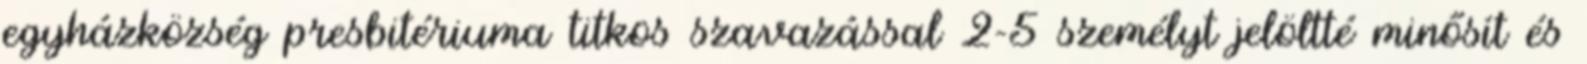
egyházközség presbitériuma titkos szavazással 2-5 személyt jelöltté minősít és